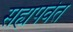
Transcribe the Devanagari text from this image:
सह्यपर्वत